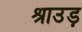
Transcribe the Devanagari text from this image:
श्राउड़